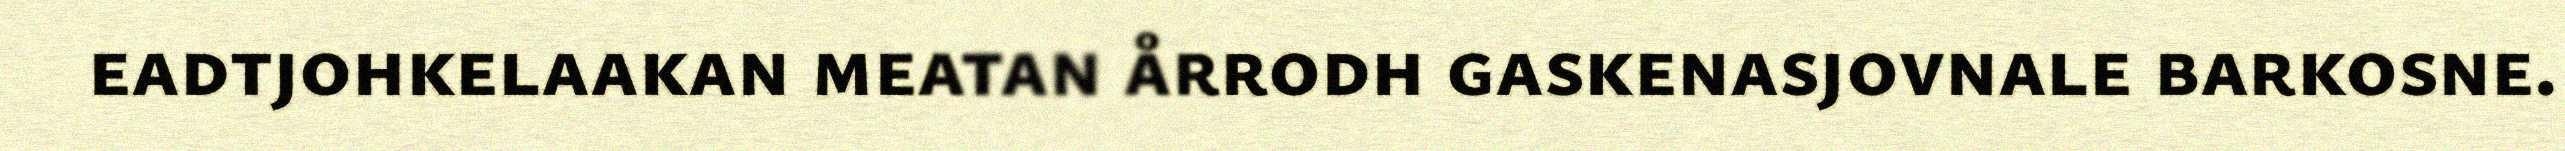
eadtjohkelaakan meatan årrodh gaskenasjovnale barkosne.